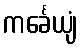
ကင်္ခေယျံ